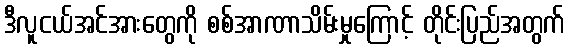
ဒီလူငယ်အင်အားတွေကို စစ်အာဏာသိမ်းမှုကြောင့် တိုင်းပြည်အတွက်